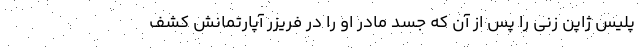
پلیس ژاپن زنی را پس از آن که جسد مادر او را در فریزر آپارتمانش کشف